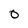
Character: O